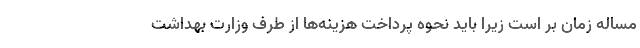
مساله زمان بر است زیرا باید نحوه پرداخت هزینه‌ها از طرف وزارت بهداشت